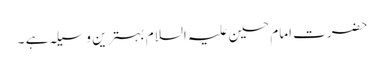
حضرت امام حسین علیہ السلام بہترین وسیلہ ہے ۔